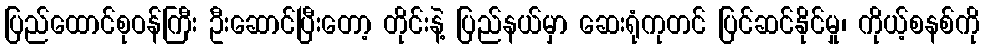
ပြည်ထောင်စုဝန်ကြီး ဦးဆောင်ပြီးတော့ တိုင်းနဲ့ ပြည်နယ်မှာ ဆေးရုံကုတင် ပြင်ဆင်နိုင်မှု၊ ကိုယ့်စနစ်ကို